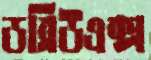
ডব্লিউএক্স